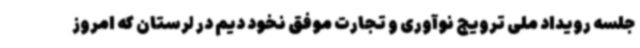
جلسه رویداد ملی ترویج نوآوری و تجارت موفق نخود دیم در لرستان که امروز